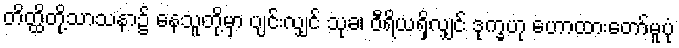
တိတ္ထိတို့သာသနာ၌ နေသူတို့မှာ ပျင်းလျှင် သုခ၊ ဝီရိယရှိလျှင် ဒုက္ခဟု ဟောထားတော်မူပုံ